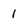
Character: 1